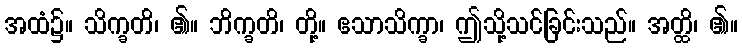
အထံ၌။ သိက္ခတိ၊ ၏။ ဘိက္ခတိ၊ တို့။ ဧသာသိက္ခာ၊ ဤသို့သင်ခြင်းသည်။ အတ္ထိ၊ ၏။